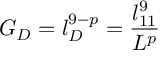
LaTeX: G _ { D } = l _ { D } ^ { 9 - p } = \frac { l _ { 1 1 } ^ { 9 } } { L ^ { p } }